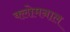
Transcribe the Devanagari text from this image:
क्लोमनाल